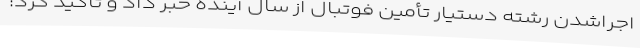
اجراشدن رشته دستیار تأمین فوتبال از سال آینده خبر داد و تأکید کرد: